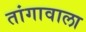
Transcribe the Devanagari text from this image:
तांगावाला